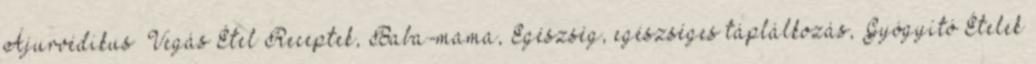
Ájurvédikus Vegás Étel Receptek, Baba-mama, Egészség, egészséges táplálkozás, Gyógyító Ételek